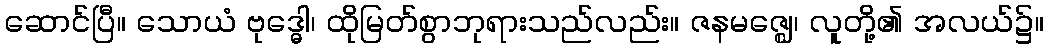
ဆောင်ပြီ။ သောယံ ဗုဒ္ဓေါ၊ ထိုမြတ်စွာဘုရားသည်လည်း။ ဇနမဇ္ဈေ၊ လူတို့၏ အလယ်၌။